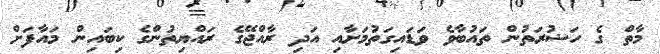
މާތް ގެ ހަޟުރަތުން ތައުބާވެ ވަޑައިގަތުމަށާއި އަދި ރާއްޖޭގެ ރައްޔިތުންގެ ކިބައިން މައާފަށް